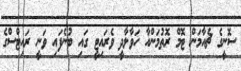
ސޮނީގެ ޗެއާމަން ޓޮމް ރޮތުމަންއާ ހަވާލާދީ ވެރައިޓީ ގައި ބުނެފައި ވަނީ ރައިޓްސްގެ